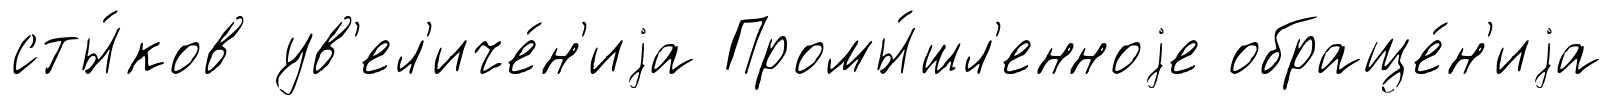
сты́ков ув'ел'иче́н'иjа Промы́шл'енноjе обраще́н'иjа